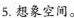
5.想象空间。